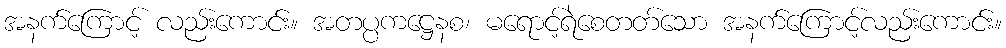
အနက်ကြောင့် လည်းကောင်း။ အတပ္ပကဋ္ဌေနစ၊ မရောင့်ရဲစေတတ်သော အနက်ကြောင့်လည်းကောင်း။